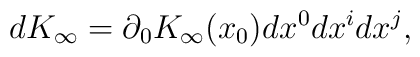
dK_\infty=\partial_0 K_\infty(x_0) dx^0 dx^i dx^j,